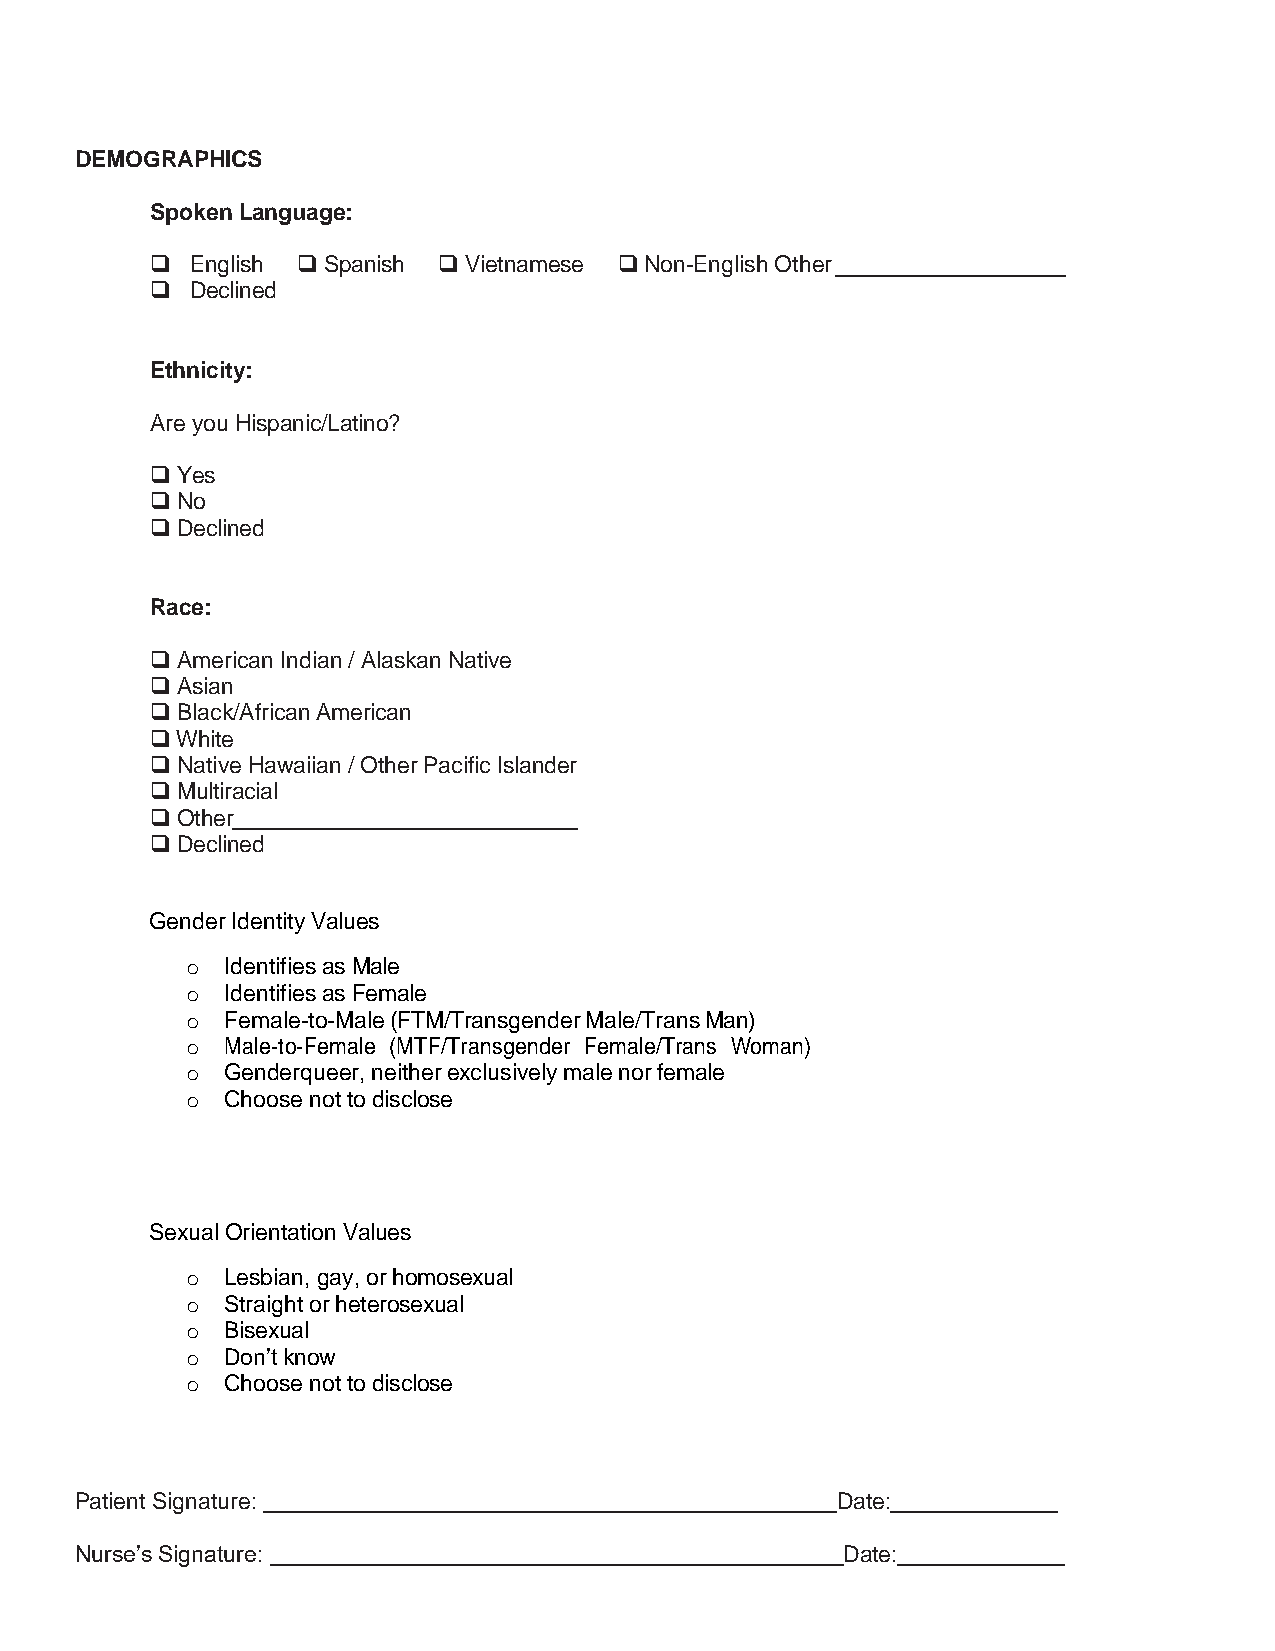
DEMOGRAPHICS
 Spoken Language:
 ❑  English ❑ Spanish ❑ Vietnamese ❑ Non-English Other
 ❑  Declined
 Ethnicity:
 Are you Hispanic/Latino?
 ❑ Yes
 ❑ No
 ❑ Declined
 Race:
 ❑ American Indian / Alaskan Native
 ❑ Asian
 ❑ Black/African American
 ❑ White
 ❑ Native Hawaiian / Other Pacific Islander
 ❑ Multiracial
 ❑ Other
 ❑ Declined
 Gender Identity Values
 o  Identifies as Male
 o  Identifies as Female
 o  Female-to-Male (FTM/Transgender Male/Trans Man)
 o  Male-to-Female (MTF/Transgender Female/Trans Woman)
 o  Genderqueer, neither exclusively male nor female
 o  Choose not to disclose
 Sexual Orientation Values
 o  Lesbian, gay, or homosexual
 o  Straight or heterosexual
 o  Bisexual
 o  Don’t know
 o  Choose not to disclose
 Patient Signature:                                Date:
 Nurse’s Signature:                                 Date: